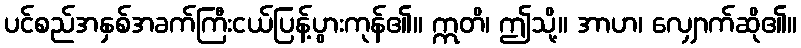
ပင်စည်အနှစ်အခက်ကြီးငယ်ပြန့်ပွားကုန်၏။ ဣတိ၊ ဤသို့။ အာဟ၊ လျှောက်ဆို၏။